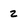
Character: z